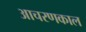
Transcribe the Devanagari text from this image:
आचरणकाल